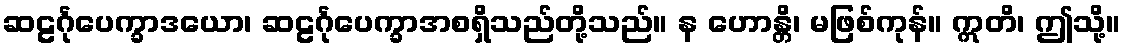
ဆဠင်္ဂုပေက္ခာဒယော၊ ဆဠင်္ဂုပေက္ခာအစရှိသည်တို့သည်။ န ဟောန္တိ၊ မဖြစ်ကုန်။ ဣတိ၊ ဤသို့။